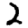
Digit: 2